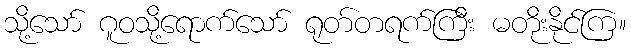
သို့သော် ဂူဝသို့ရောက်သော် ရုတ်တရက်ကြီး မတိုးနိုင်ကြ။